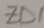
Text: ZD1